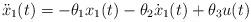
LaTeX: \begin{align*}\ddot x_1(t) = -\theta_1 x_1(t)-\theta_2 \dot x_1(t) +\theta_3 u(t)\end{align*}